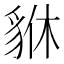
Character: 貅